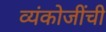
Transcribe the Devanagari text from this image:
व्यंकोजींची